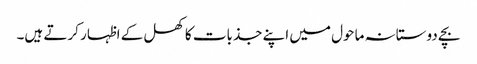
بچے دوستانہ ماحول میں اپنے جذبات کا کھل کے اظہار کرتے ہیں۔